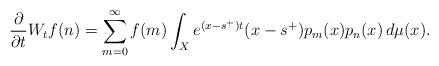
LaTeX: \begin{align*}\frac{\partial}{\partial t}W_tf(n)=\sum_{m=0}^{\infty} f(m)\int_X e^{(x-s^{+})t}(x-s^{+})p_m(x)p_n(x)\, d\mu(x).\end{align*}